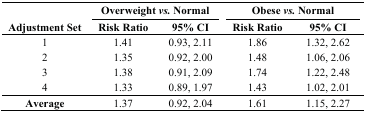
<table><thead><tr><td></td><td colspan="2"><b>Overweight <i>vs.</i> Normal</b></td><td colspan="2"><b>Obese <i>vs.</i> Normal</b></td></tr><tr><td><b>Adjustment Set</b></td><td><b>Risk Ratio</b></td><td><b>95% CI</b></td><td><b>Risk Ratio</b></td><td><b>95% CI</b></td></tr></thead><tbody><tr><td>1</td><td>1.41</td><td>0.93, 2.11</td><td>1.86</td><td>1.32, 2.62</td></tr><tr><td>2</td><td>1.35</td><td>0.92, 2.00</td><td>1.48</td><td>1.06, 2.06</td></tr><tr><td>3</td><td>1.38</td><td>0.91, 2.09</td><td>1.74</td><td>1.22, 2.48</td></tr><tr><td>4</td><td>1.33</td><td>0.89, 1.97</td><td>1.43</td><td>1.02, 2.01</td></tr><tr><td><b>Average</b></td><td>1.37</td><td>0.92, 2.04</td><td>1.61</td><td>1.15, 2.27</td></tr></tbody></table>